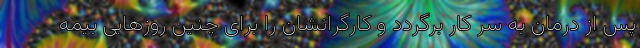
پس از درمان به سر کار برگردد و کارگرانشان را برای چنین روزهایی بیمه